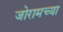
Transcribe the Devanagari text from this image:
जोरामच्या